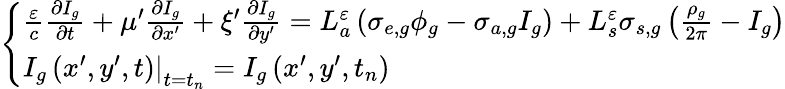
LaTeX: \left\{ \begin{array}{l}{{\frac{\varepsilon}{c}\frac{\partial I_{g}}{\partial t}+\mu^{\prime}\frac{\partial I_{g}}{\partial x^{\prime}}+\xi^{\prime}\frac{\partial I_{g}}{\partial y^{\prime}}=L_{a}^{\varepsilon}\left(\sigma_{e,g}\phi_{g}-\sigma_{a,g}I_{g}\right)+L_{s}^{\varepsilon}\sigma_{s,g}\left(\frac{\rho_{g}}{2\pi}-I_{g}\right)}}\\ {{\left.I_{g}\left(x^{\prime},y^{\prime},t\right)\right|_{t=t_{n}}=I_{g}\left(x^{\prime},y^{\prime},t_{n}\right)}}\end{array}\right.